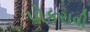
પોકરાવી